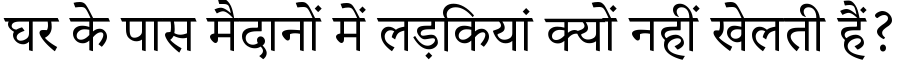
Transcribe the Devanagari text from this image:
घर के पास मैदानों में लड़कियां क्यों नहीं खेलती हैं?